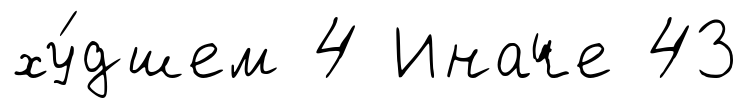
ху́дшем 4 Иначе 43